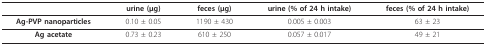
<table><thead><tr><td></td><td><b>urine (μg)</b></td><td><b>feces (μg)</b></td><td><b>urine (% of 24 h intake)</b></td><td><b>feces (% of 24 h intake)</b></td></tr></thead><tbody><tr><td><b>Ag-PVP nanoparticles</b></td><td>0.10 ± 0.05</td><td>1190 ± 430</td><td>0.005 ± 0.003</td><td>63 ± 23</td></tr><tr><td><b>Ag acetate</b></td><td>0.73 ± 0.23</td><td>610 ± 250</td><td>0.057 ± 0.017</td><td>49 ± 21</td></tr></tbody></table>